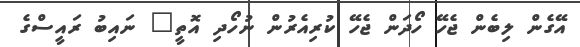
އޭގެން ލިބެން ޖެހޭ ހޯދަން ޖެހޭ ކުރިއެރުން ނުހޯދި އޮތީ" ނައިބު ރައީސްގެ